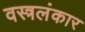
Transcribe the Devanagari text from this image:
वस्त्रलंकार